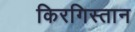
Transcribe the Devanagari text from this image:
किरगिस्तान